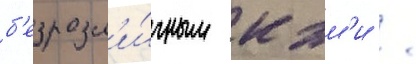
б'езразл'и́чным к эм'и /